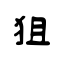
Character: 狙